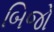
બિજો